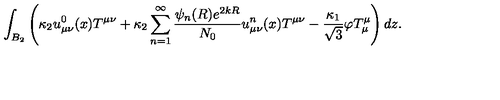
\int _ { B _ { 2 } } \left( \kappa _ { 2 } u _ { \mu \nu } ^ { 0 } ( x ) T ^ { \mu \nu } + \kappa _ { 2 } \sum _ { n = 1 } ^ { \infty } \frac { \psi _ { n } ( R ) e ^ { 2 k R } } { N _ { 0 } } u _ { \mu \nu } ^ { n } ( x ) T ^ { \mu \nu } - \frac { \kappa _ { 1 } } { \sqrt { 3 } } \varphi T _ { \mu } ^ { \mu } \right) d z .